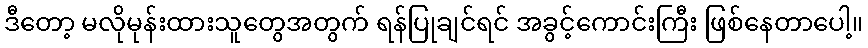
ဒီတော့ မလိုမုန်းထားသူတွေအတွက် ရန်ပြုချင်ရင် အခွင့်ကောင်းကြီး ဖြစ်နေတာပေါ့။